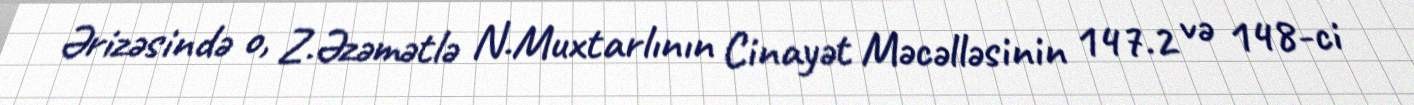
Ərizəsində o, Z.Əzəmətlə N.Muxtarlının Cinayət Məcəlləsinin 147.2 və 148-ci